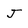
Character: J